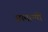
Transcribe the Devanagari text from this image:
सामान्यों